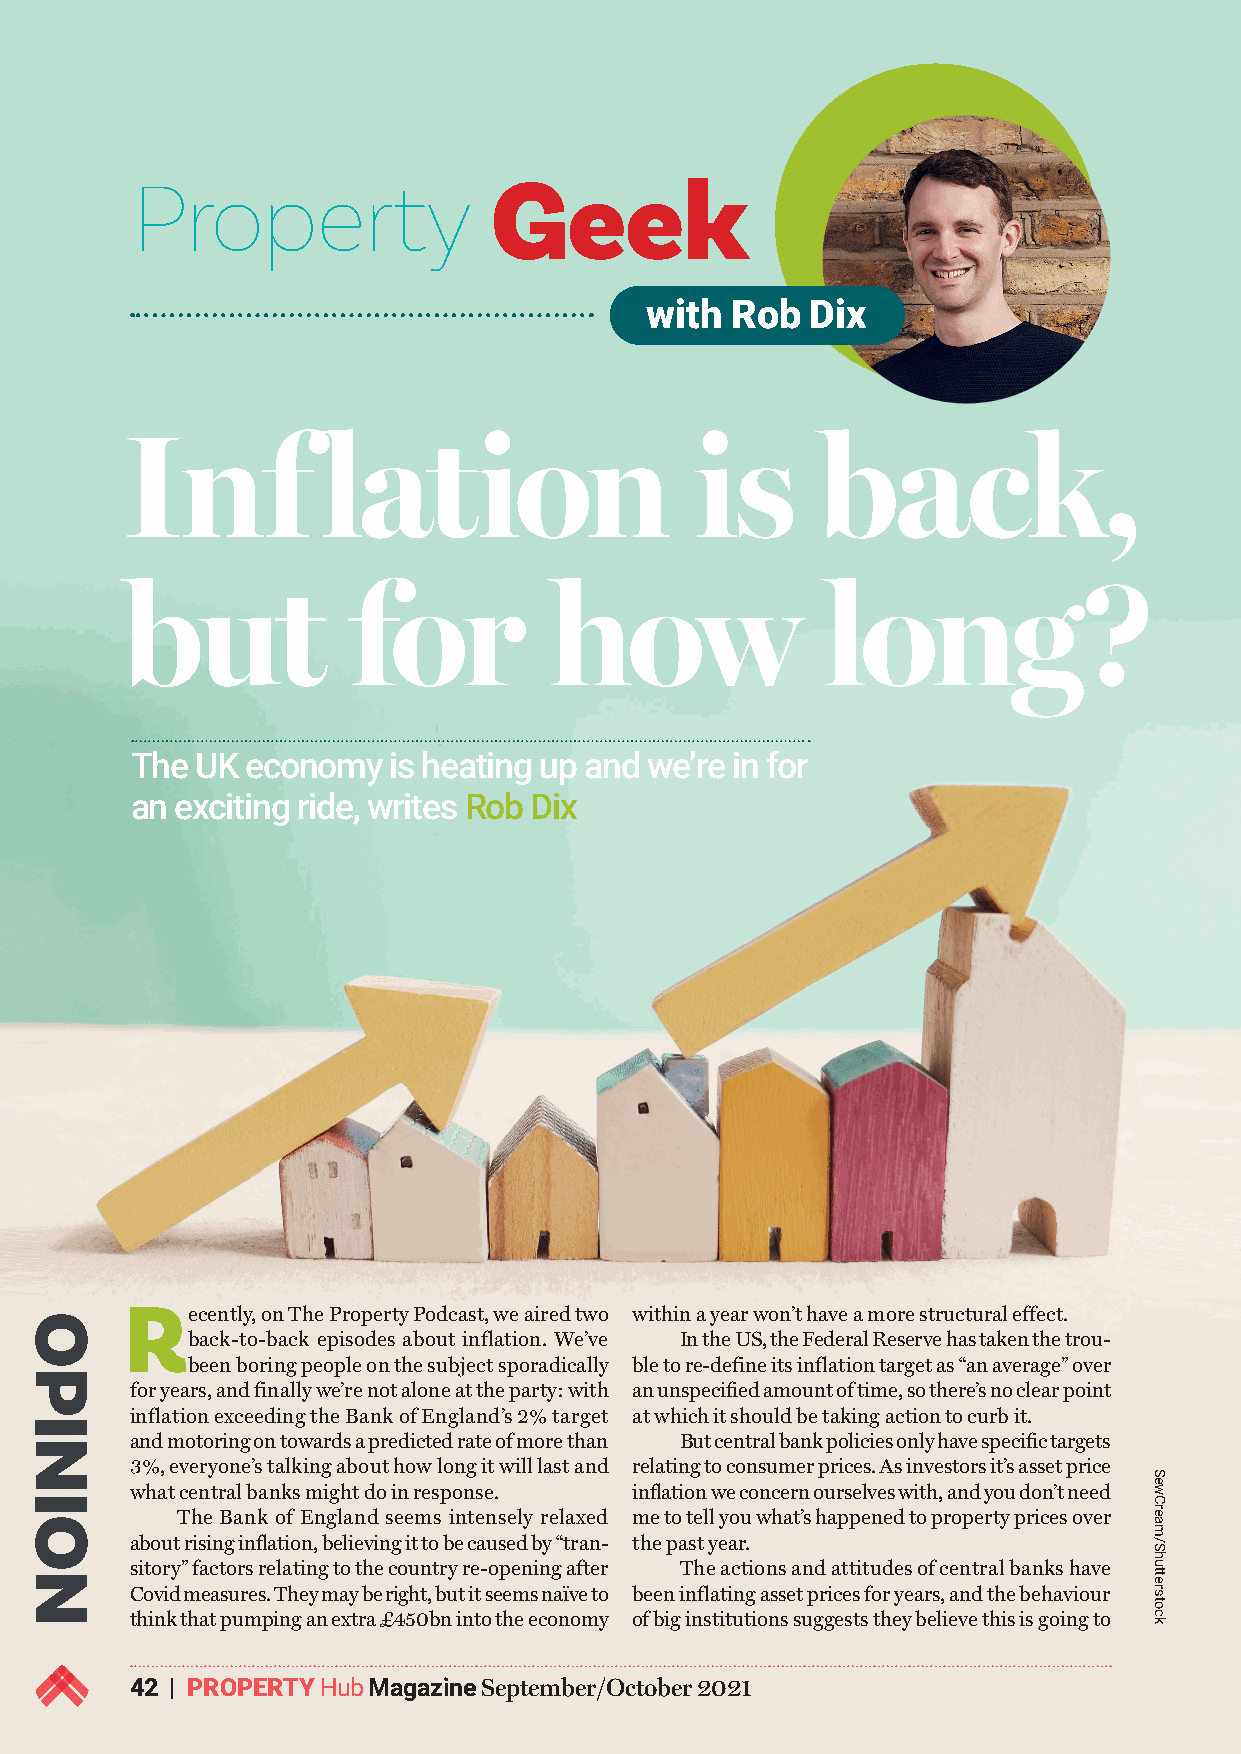
Property
 Geek
 with Rob   Dix
 Inf          lation                   is      back,
 but            for          how                long?
 The UK economy   is heating up and we’re in for
 an exciting ride, writes Rob Dix
 Recently, on The Property Podcast, we aired two within a year won’t have a more structural effect.
 back-to-back episodes about inflation. We’ve In the US, the Federal Reserve has taken the trou-
 been boring people on the subject sporadically ble to re-define its inflation target as “an average” over
 for years, and finally we’re not alone at the party: with an unspecified amount of time, so there’s no clear point
 inflation exceeding the Bank of England’s 2% target at which it should be taking action to curb it.
 and motoring on towards a predicted rate of more than But central bank policies only have specific targets
 3%, everyone’s talking about how long it will last and relating to consumer prices. As investors it’s asset price
 what central banks might do in response. inflation we concern ourselves with, and you don’t need
 The Bank of England seems intensely relaxed me to tell you what’s happened to property prices over
 about rising inflation, believing it to be caused by “tran- the past year.
 sitory” factors relating to the country re-opening after The actions and attitudes of central banks have
 Covid measures. They may be right, but it seems naïve to been inflating asset prices for years, and the behaviour
 think that pumping an extra £450bn into the economy of big institutions suggests they believe this is going to
 42 | PROPERTY Hub Magazine September/October 2021
 OPINION
 SewCream/Shutterstock